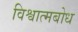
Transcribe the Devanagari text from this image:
विश्वात्मबोध